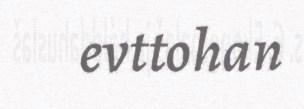
evttohan